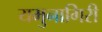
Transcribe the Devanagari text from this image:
यमुनागिरी